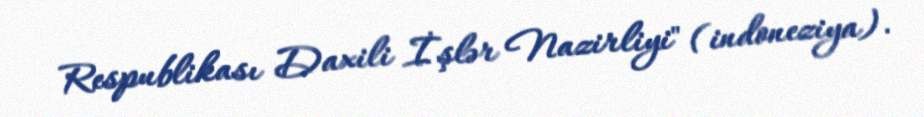
Respublikası Daxili İşlər Nazirliyi" (indoneziya).